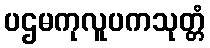
ပဌမကုလူပကသုတ္တံ